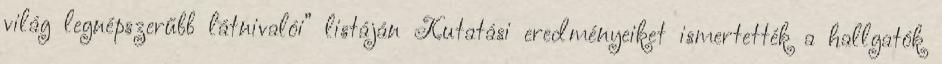
világ legnépszerűbb látnivalói” listáján Kutatási eredményeiket ismertették a hallgatók